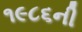
૧૯૮૬ની